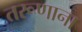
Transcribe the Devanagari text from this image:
तरूणाना